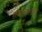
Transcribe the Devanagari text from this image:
गजलसंग्रह